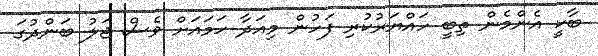
ބާކީ އެންމެން ތިބީ ހައްޔަރުކުރި ފަހުން މިއަދާ ހަމައަށް ވެސް ޖަލު ބަންދުގަ